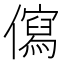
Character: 𭀄